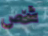
شخص